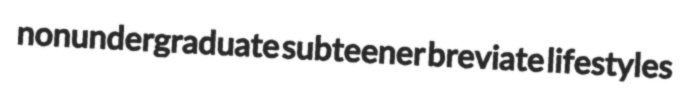
nonundergraduate subteener breviate lifestyles